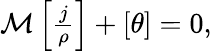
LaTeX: \begin{array}{r}{\mathcal{M}\left[\frac{j}{\rho}\right]+\left[\theta\right]=0,}\end{array}